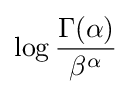
\log {\frac {\Gamma (\alpha )}{\beta ^{\alpha }}}